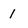
Character: l